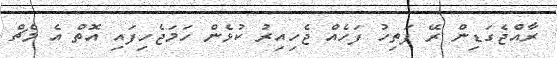
ރާއްޖެގަޑިން ރޭ ފަތިހު ފަހެއް ޖެހިއިރު ކުޅެން ހަމަޖެހިފައި އޮތް އެ މެޗް